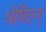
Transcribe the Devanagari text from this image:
श्रेष्ठिन्